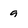
Character: 9